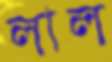
লাল